Civil Veterinary Department. Madras. Admin. report 1926-33 - 1926-1933
Year: 1926
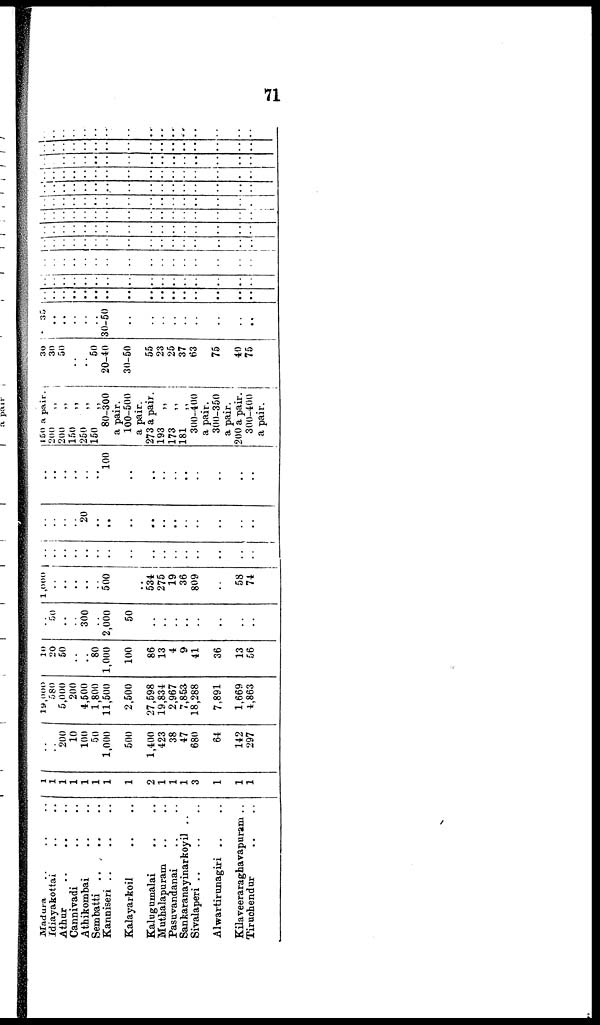
71
Madura .. .. ..
Idiayakottai .. ..
Athur
..
.. ..
Cannivadi .. ..
Athikombai .. ..
Sembatti .. .. ..
Kanniseri .. .. ..
Kalayarkoil .. ..
Kalugumalai .. ..
Muthalapuram .. ..
Pasuvandanai .. ..
Sankaranayinarkoyil ..
Sivalaperi .. .. ..
Alwartirunagiri .. ..
Kilaveeraraghavapuram ..
Tiruchendur .. ..
1
1
1
1
1
1
1
1
2
1
1
1
3
1
1
1
..
200
10
100
50
1,000
500
1,400
423
38
47
680
64
142
297
19,000
580
5,000
200
4,500
1,800
11,500
2,500
27,598
19,834
2,967
7,853
18,288
7,891
1,669
4,863
10
20
50
..
..
80
1,000
100
86
13
4
9
41
36
13
56
..
50
..
..
300
..
2,000
50
..
..
..
..
..
..
..
..
1,000
..
..
..
..
..
500
..
534
275
19
36
809
..
58
74
..
..
..
..
..
..
..
..
..
..
..
..
..
..
..
..
..
..
..
..
20
..
..
..
..
..
..
..
..
..
..
..
..
..
..
..
..
..
100
..
..
..
..
..
..
..
..
..
450 a pair.
200 „
200 „
150 „
250 „
150 „
80-300
a pair.
100-500
a pair.
273 a pair.
193 „
173 „
181 „
300-400
a pair.
300-350
a pair.
200 a pair.
300-400
a pair.
30
30
50
..
..
50
20-40
..
30-50
55
23
25
37
63
75
40
75
35
..
..
..
..
..
30-50
..
..
..
..
..
..
..
..
..
..
..
..
..
..
..
..
..
..
..
..
..
..
..
..
..
..
..
..
..
..
..
..
..
..
..
..
..
..
..
..
..
..
..
..
..
..
..
..
..
..
..
..
..
..
..
..
..
..
..
..
..
..
..
..
..
..
..
..
..
..
..
..
..
..
..
..
..
..
..
..
..
..
..
..
..
..
..
..
..
..
..
..
..
..
..
..
..
..
..
..
..
..
..
..
..
..
..
..
..
..
..
..
..
..
..
..
..
..
..
..
..
..
..
..
..
..
..
..
..
..
..
..
..
..
..
..
..
..
..
..
..
..
..
..
..
..
..
..
..
..
..
..
..
..
..
..
..
..
..
..
..
..
..
..
..
..
..
..
..
..
..
..
..
..
..
..
..
..
..
..
..
..
..
..
..
..
..
..
..
..
..
..
..
..
..
..
..
..
..
..
..